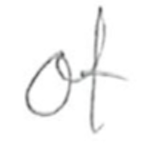
Text: of
Cross-out: clean
Writing tool: pencil